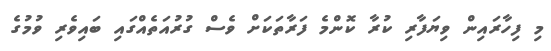
މި ފިހާރައިން ވިޔަފާރި ކުރާ ކޮންމެ ފަރާތަކަށް ވެސް ގުރުއަތެއްގައި ބައިވެރި ވުމުގެ